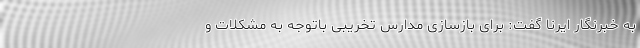
به خبرنگار ایرنا گفت: برای بازسازی مدارس تخریبی باتوجه به مشکلات و